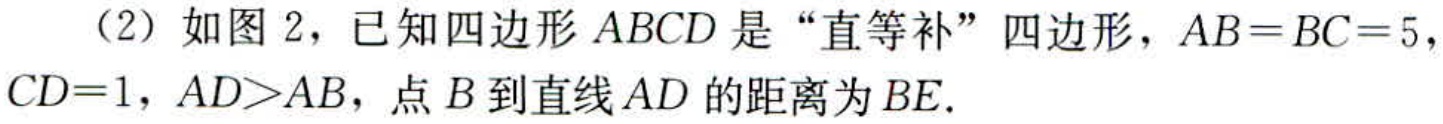
（2）如图 2，已知四边形 \(ABCD\) 是“直等补” 四边形，\(AB = BC = 5\)，\(CD = 1\)，\(AD>AB\)，点 \(B\) 到直线 \(AD\) 的距离为 \(BE\).